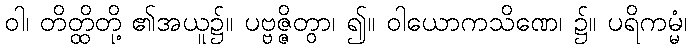
ဝါ၊ တိတ္ထိတို့ ၏အယူ၌။ ပဗ္ဗဇ္ဇိတွာ၊ ၍။ ဝါယောကသိဏေ၊ ၌။ ပရိကမ္မံ၊